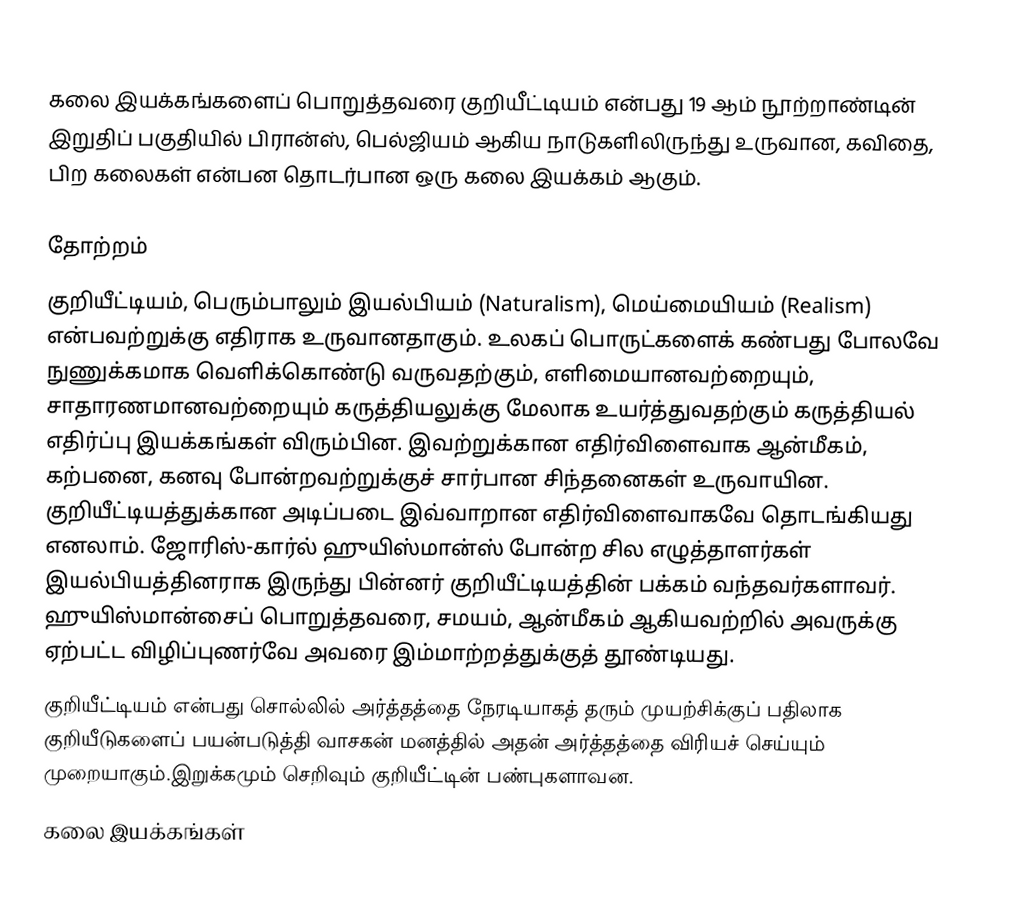
கலை இயக்கங்களைப் பொறுத்தவரை குறியீட்டியம் என்பது 19 ஆம் நூற்றாண்டின் இறுதிப் பகுதியில் பிரான்ஸ், பெல்ஜியம் ஆகிய நாடுகளிலிருந்து உருவான, கவிதை, பிற கலைகள் என்பன தொடர்பான ஒரு கலை இயக்கம் ஆகும்.

தோற்றம்
குறியீட்டியம், பெரும்பாலும் இயல்பியம் (Naturalism), மெய்மையியம் (Realism) என்பவற்றுக்கு எதிராக உருவானதாகும். உலகப் பொருட்களைக் கண்பது போலவே நுணுக்கமாக வெளிக்கொண்டு வருவதற்கும், எளிமையானவற்றையும், சாதாரணமானவற்றையும் கருத்தியலுக்கு மேலாக உயர்த்துவதற்கும் கருத்தியல் எதிர்ப்பு இயக்கங்கள் விரும்பின. இவற்றுக்கான எதிர்விளைவாக ஆன்மீகம், கற்பனை, கனவு போன்றவற்றுக்குச் சார்பான சிந்தனைகள் உருவாயின. குறியீட்டியத்துக்கான அடிப்படை இவ்வாறான எதிர்விளைவாகவே தொடங்கியது எனலாம். ஜோரிஸ்-கார்ல் ஹுயிஸ்மான்ஸ் போன்ற சில எழுத்தாளர்கள் இயல்பியத்தினராக இருந்து பின்னர் குறியீட்டியத்தின் பக்கம் வந்தவர்களாவர். ஹுயிஸ்மான்சைப் பொறுத்தவரை, சமயம், ஆன்மீகம் ஆகியவற்றில் அவருக்கு ஏற்பட்ட விழிப்புணர்வே அவரை இம்மாற்றத்துக்குத் தூண்டியது.
குறியீட்டியம் என்பது சொல்லில் அர்த்தத்தை நேரடியாகத் தரும் முயற்சிக்குப் பதிலாக குறியீடுகளைப் பயன்படுத்தி வாசகன் மனத்தில் அதன் அர்த்தத்தை விரியச் செய்யும் முறையாகும்.இறுக்கமும் செறிவும் குறியீட்டின் பண்புகளாவன.
கலை இயக்கங்கள்